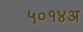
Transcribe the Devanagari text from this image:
५०१४अ